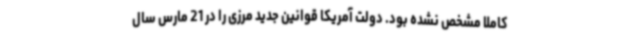
کاملا مشخص نشده بود. دولت آمریکا قوانین جدید مرزی را در 21 مارس سال